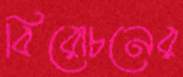
বিরোচনের